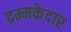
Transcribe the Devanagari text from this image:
द्रम्मकेदार